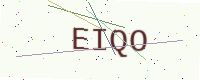
Text: EIQO